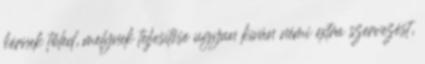
kérnek tőled, melynek teljesítése ugyan kíván némi extra szervezést,